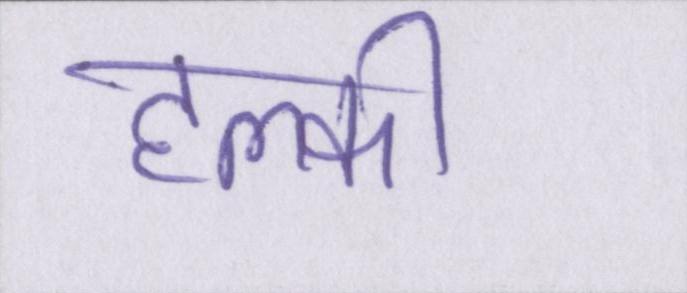
हल्की